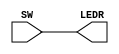
//
// ============================================================
// Laboratory: 			Lab 1 - Part 1 - Digital Logic
// Description:			Switches, Lights and Multiplexers
// By:				K. walsh
//

// Top Level Module
module sw_leds (
	input [9:0] SW,
	output [9:0] LEDR);
	
	assign LEDR = SW;

endmodule